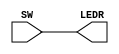
//
// ============================================================
// Laboratory: 			Lab 1 - Part 1 - Digital Logic
// Description:			Switches, Lights and Multiplexers
// By:				K. walsh
//

// Top Level Module
module sw_leds (
	input [9:0] SW,
	output [9:0] LEDR);
	
	assign LEDR = SW;

endmodule